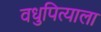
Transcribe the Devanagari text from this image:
वधुपित्याला